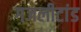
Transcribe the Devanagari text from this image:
गजलीटांड